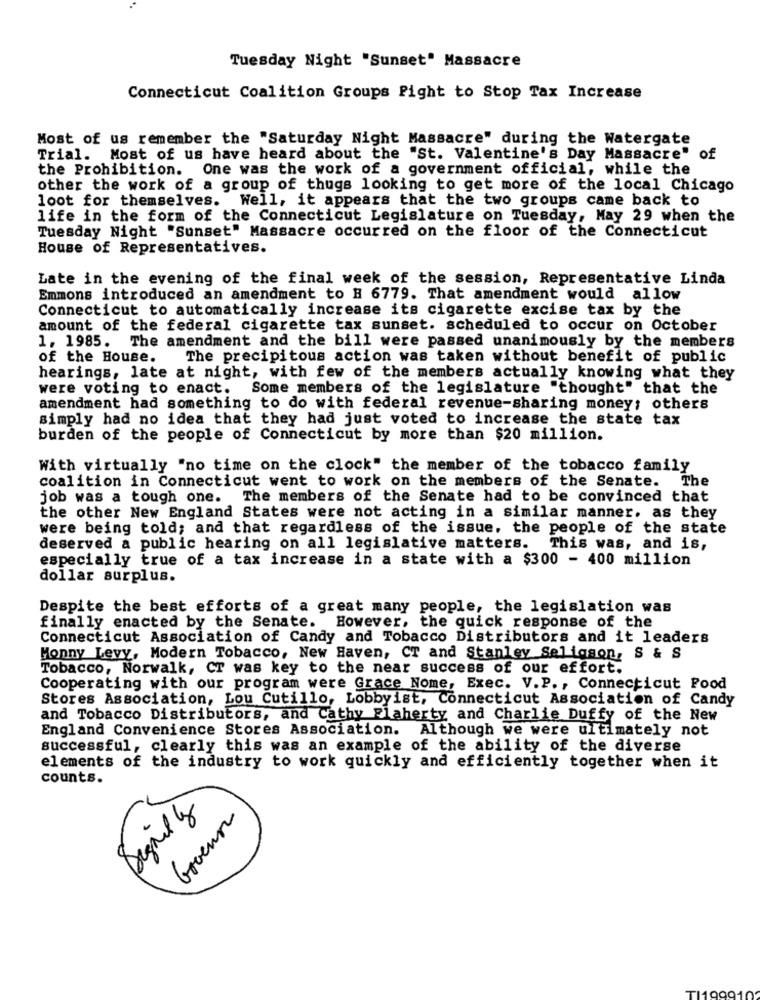
Tuesday Night "Sunset" Massacre
Connecticut Coalition Groups Fight to Stop Tax Increase
Most of us remember the "Saturday Night Massacre" during the Watergate
Trial. Most of us have heard about the "St. Valentine's Day Massacre" of
the Prohibition. One was the work of a government official, while the
other the work of a group of thugs looking to get more of the local Chicago
loot for themselves. Well, it appears that the two groups came back to
life in the form of the Connecticut Legislature on Tuesday, May 29 when the
Tuesday Night "Sunset" Massacre occurred on the floor of the Connecticut
House of Representatives.
Late in the evening of the final week of the session, Representative Linda
Emmons introduced an amendment to H 6779. That amendment would allow
Connecticut to automatically increase its cigarette excise tax by the
amount of the federal cigarette tax sunset. scheduled to occur on October
1. 1985. The amendment and the bill were passed unanimously by the members
of the House. The precipitous action was taken without benefit of public
hearings, late at night, with few of the members actually knowing what they
were voting to enact. Some members of the legislature "thought" that the
amendment had something to do with federal revenue-sharing money; others
simply had no idea that they had just voted to increase the state tax
burden of the people of Connecticut by more than $20 million.
With virtually "no time on the clock" the member of the tobacco family
coalition in Connecticut went to work on the members of the Senate. The
job was a tough one. The members of the Senate had to be convinced that
the other New England States were not acting in a similar manner. as they
were being told; and that regardless of the issue, the people of the state
deserved a public hearing on all legislative matters.
This was, and is,
especially true of a tax increase in a state with a $300 - 400 million
dollar surplus.
Despite the best efforts of a great many people, the legislation was
finally enacted by the Senate. However, the quick response of the
Connecticut Association of Candy and Tobacco Distributors and it leaders
Monny Levy, Modern Tobacco, New Haven, CT and Stanley Seligson, S & S
Tobacco, Norwalk, CT was key to the near success of our effort.
Cooperating with our program were Grace Nome, Exec. V.P ., Connecticut Food
Stores Association, Lou Cutillo, Lobbyist, Connecticut Association of Candy
and Tobacco Distributors, and Cathy Flaherty and Charlie Duffy of the New
England Convenience Stores Association. Although we were ultimately not
successful, clearly this was an example of the ability of the diverse
elements of the industry to work quickly and efficiently together when it
counts.
Sigrid y
Goenn
TI19991